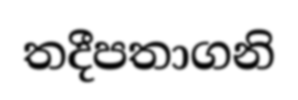
තදීපතාගනි